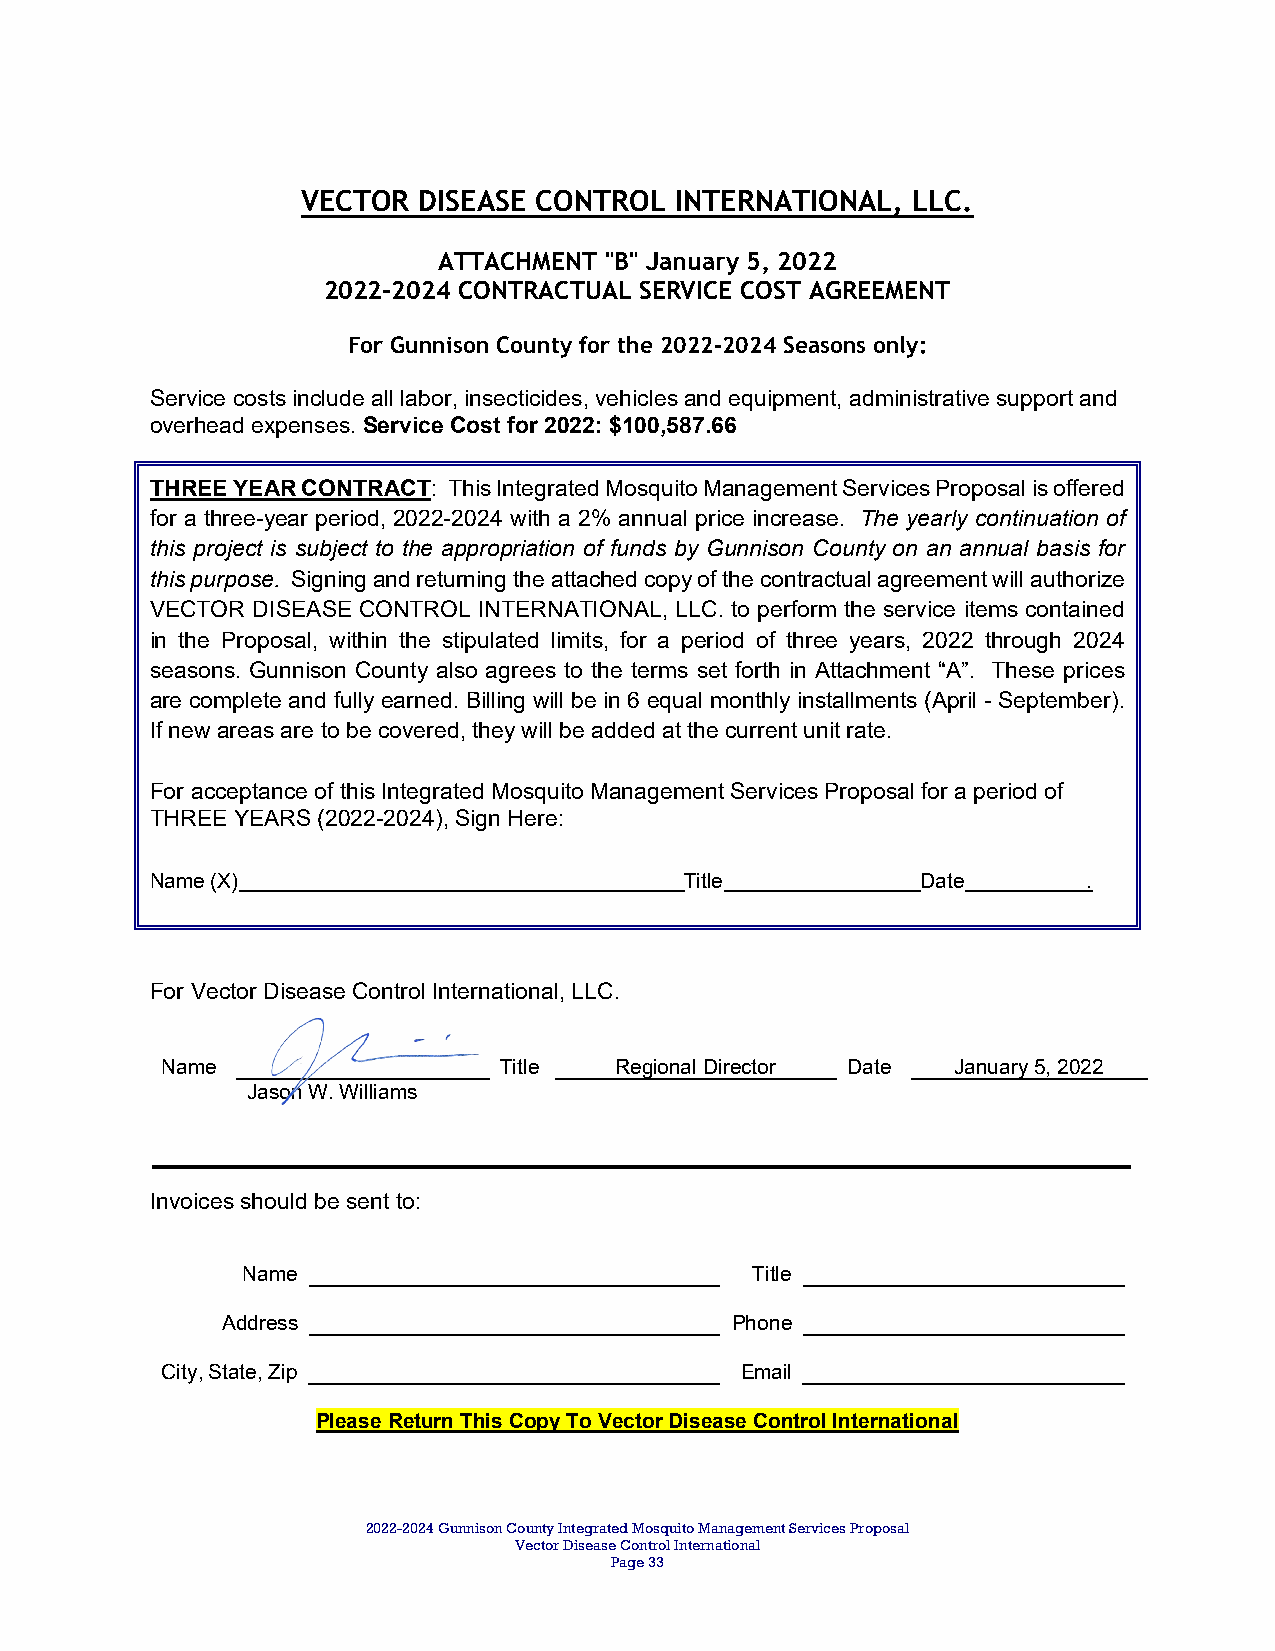
VECTOR  DISEASE CONTROL  INTERNATIONAL, LLC.
 ATTACHMENT "B" January 5, 2022
 2022-2024 CONTRACTUAL SERVICE COST AGREEMENT
 For Gunnison County for the 2022-2024 Seasons only:
 Service costs include all labor, insecticides, vehicles and equipment, administrative support and
 overhead expenses. Service Cost for 2022: $100,587.66
 THREE YEAR CONTRACT: This Integrated Mosquito Management Services Proposal is offered
 for a three-year period, 2022-2024 with a 2% annual price increase. The yearly continuation of
 this project is subject to the appropriation of funds by Gunnison County on an annual basis for
 this purpose. Signing and returning the attached copy of the contractual agreement will authorize
 VECTOR DISEASE CONTROL INTERNATIONAL, LLC. to perform the service items contained
 in the Proposal, within the stipulated limits, for a period of three years, 2022 through 2024
 seasons. Gunnison County also agrees to the terms set forth in Attachment “A”. These prices
 are complete and fully earned. Billing will be in 6 equal monthly installments (April - September).
 If new areas are to be covered, they will be added at the current unit rate.
 For acceptance of this Integrated Mosquito Management Services Proposal for a period of
 THREE YEARS (2022-2024), Sign Here:
 Name (X)                           Title           Date       .
 For Vector Disease Control International, LLC.
 Name                  Title   Regional Director Date January 5, 2022
 Jason W. Williams
 Invoices should be sent to:
 Name                              Title
 Address                          Phone
 City, State, Zip                      Email
 Please Return This Copy To Vector Disease Control International
 2022-2024 Gunnison County Integrated Mosquito Management Services Proposal
 Vector Disease Control International
 Page 33